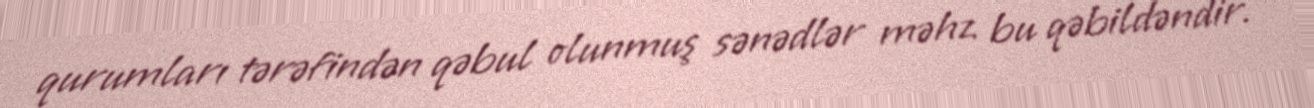
qurumları tərəfindən qəbul olunmuş sənədlər məhz bu qəbildəndir.